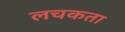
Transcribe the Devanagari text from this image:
लचकता